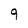
Character: 9